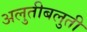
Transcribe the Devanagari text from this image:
अलुतीबलुती